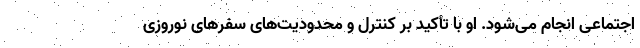
اجتماعی انجام می‌شود. او با تأکید بر کنترل و محدودیت‌های سفرهای نوروزی